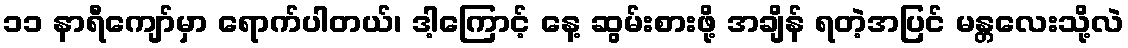
၁၁ နာရီကျော်မှာ ရောက်ပါတယ်၊ ဒါ့ကြောင့် နေ့ ဆွမ်းစားဖို့ အချိန် ရတဲ့အပြင် မန္တလေးသို့လဲ